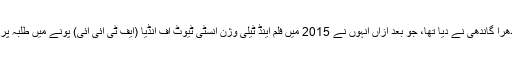
کندن شاہ کو نیشنل ایوارڈ سابق وزیر اعظم اندھرا گاندھی نے دیا تھا، جو بعد ازاں انہوں نے 2015 میں فلم اینڈ ٹیلی وژن انسٹی ٹیوٹ آف انڈیا (ایف ٹی آئی آئی) پونے میں طلبہ پر ہونے والے تشدد پر احتجاجاً واپس کردیا تھا۔